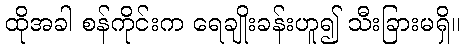
ထိုအခါ စန်ကိုင်းက ရေချိုးခန်းဟူ၍ သီးခြားမရှိ။